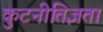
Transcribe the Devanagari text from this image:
कुटनीतिज्ञता